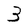
Character: 3